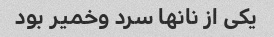
یکی از نانها سرد وخمیر بود